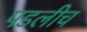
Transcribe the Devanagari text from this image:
पडलीच